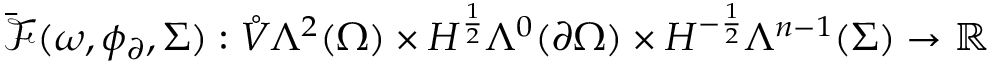
\bar { \mathcal { F } } ( \omega , \phi _ { \partial } , \Sigma ) : \mathring { V } \Lambda ^ { 2 } ( \Omega ) \times H ^ { \frac { 1 } { 2 } } \Lambda ^ { 0 } ( \partial \Omega ) \times H ^ { - \frac { 1 } { 2 } } \Lambda ^ { n - 1 } ( \Sigma ) \to \mathbb { R }